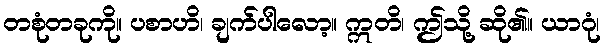
တစုံတခုကို။ ပစာဟိ၊ ချက်ပါလော့။ ဣတိ၊ ဤသို့ ဆို၏။ ယာဂုံ၊